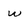
Character: w